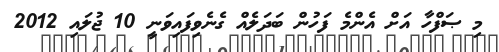
މި ޞަފްހާ އަށް އެންމެ ފަހުން ބަދަލެއް ގެނެވިފައިވަނީ 10 ޖުލައި 2012